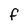
Character: f